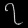
Digit: ၇